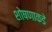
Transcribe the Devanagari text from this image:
शोषणाकडे